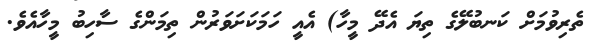
ތެރިވުމަށް ކަނބުލޭގެ ތިޔަ އެދޭ މީހާ) އެއީ ހަމަކަށަވަރުން ތިމަންގެ ސާހިބު މީހާއެވެ.